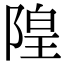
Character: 隍